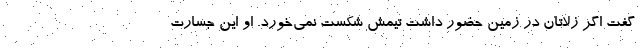
گفت اگر زلاتان در زمین حضور داشت تیمش شکست نمی‌خورد. او این جسارت